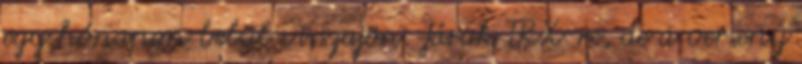
egy hónapon belül visszajön. Járok TRX-re, de a verseny